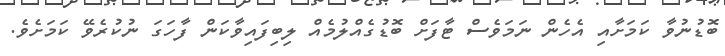
ބޮޑުނުވާ ކަމަށާއި އެހެން ނަމަވެސް ޓާފަށް ބޮޑުގެއްލުމެއް ލިބިފައިވާކަން ފާހަގަ ނުކުރެވޭ ކަމަށެވެ.